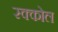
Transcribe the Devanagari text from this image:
स्क्कोल